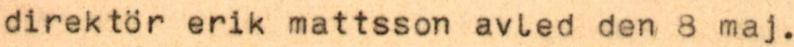
direktör erik mattsson avled den 8 maj.